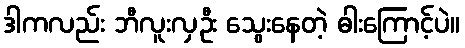
ဒါကလည်း ဘီလူးလှဦး သွေးနေတဲ့ ဓါးကြောင့်ပဲ။